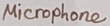
Text: Microphone